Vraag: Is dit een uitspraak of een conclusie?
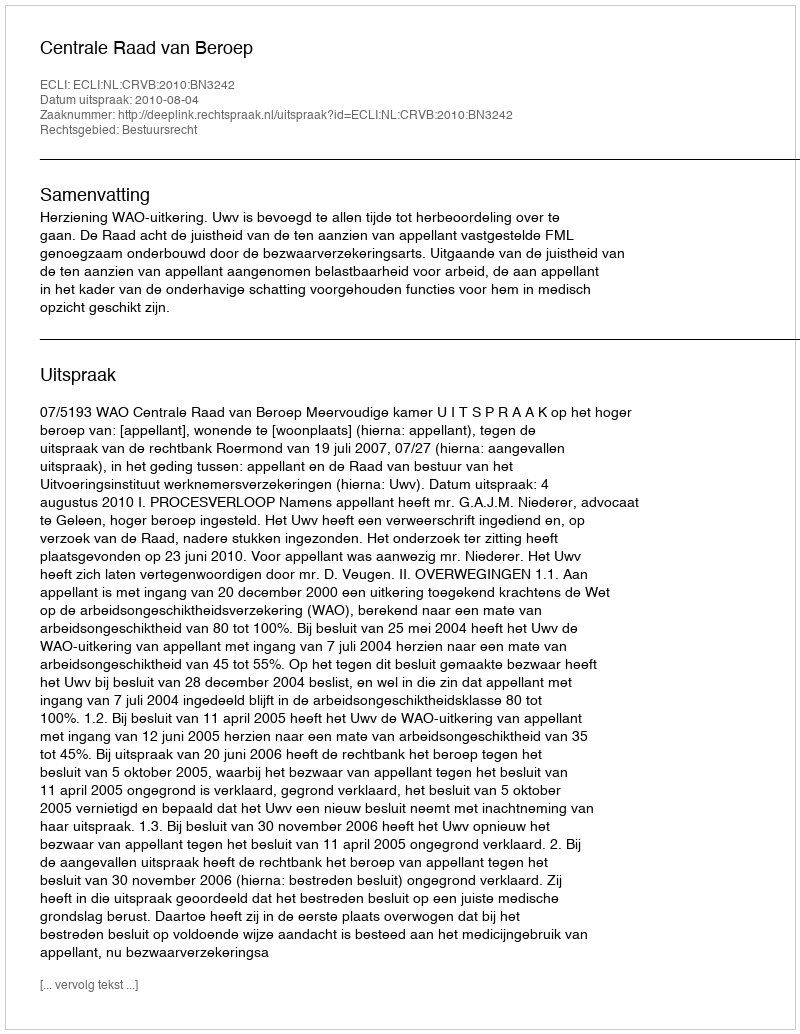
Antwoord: Uitspraak